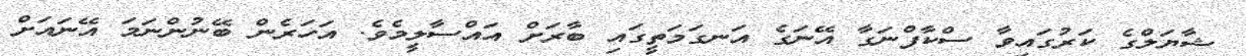
ޝާޔަލްގެ ކަރުގައިވާ ސްކާފްނަގާ އޭނަގެ އަނގަމަތީގައި ބާރަށް އައްސާލީމެވެ. އަހަރެން ބޭނުންނަމަ އޭނައަށް